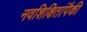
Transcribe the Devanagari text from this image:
नवशिक्षितांपैकी